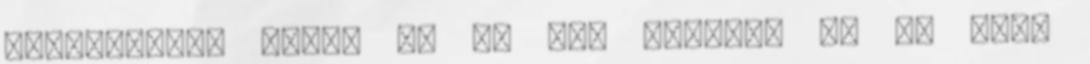
hologramban éltek és ez nem mutatja be az igaz